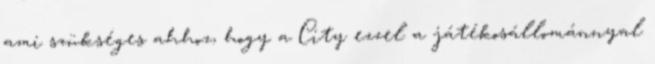
ami szükséges ahhoz, hogy a City ezzel a játékosállománnyal